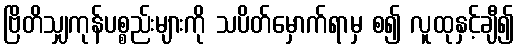
ဗြိတိသျှကုန်ပစ္စည်းများကို သပိတ်မှောက်ရာမှ စ၍ လူထုနှင့်ချီ၍